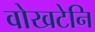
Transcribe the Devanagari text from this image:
वोखटेनि